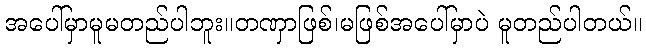
အပေါ်မှာမူမတည်ပါဘူး။တဏှာဖြစ်၊မဖြစ်အပေါ်မှာပဲ မူတည်ပါတယ်။